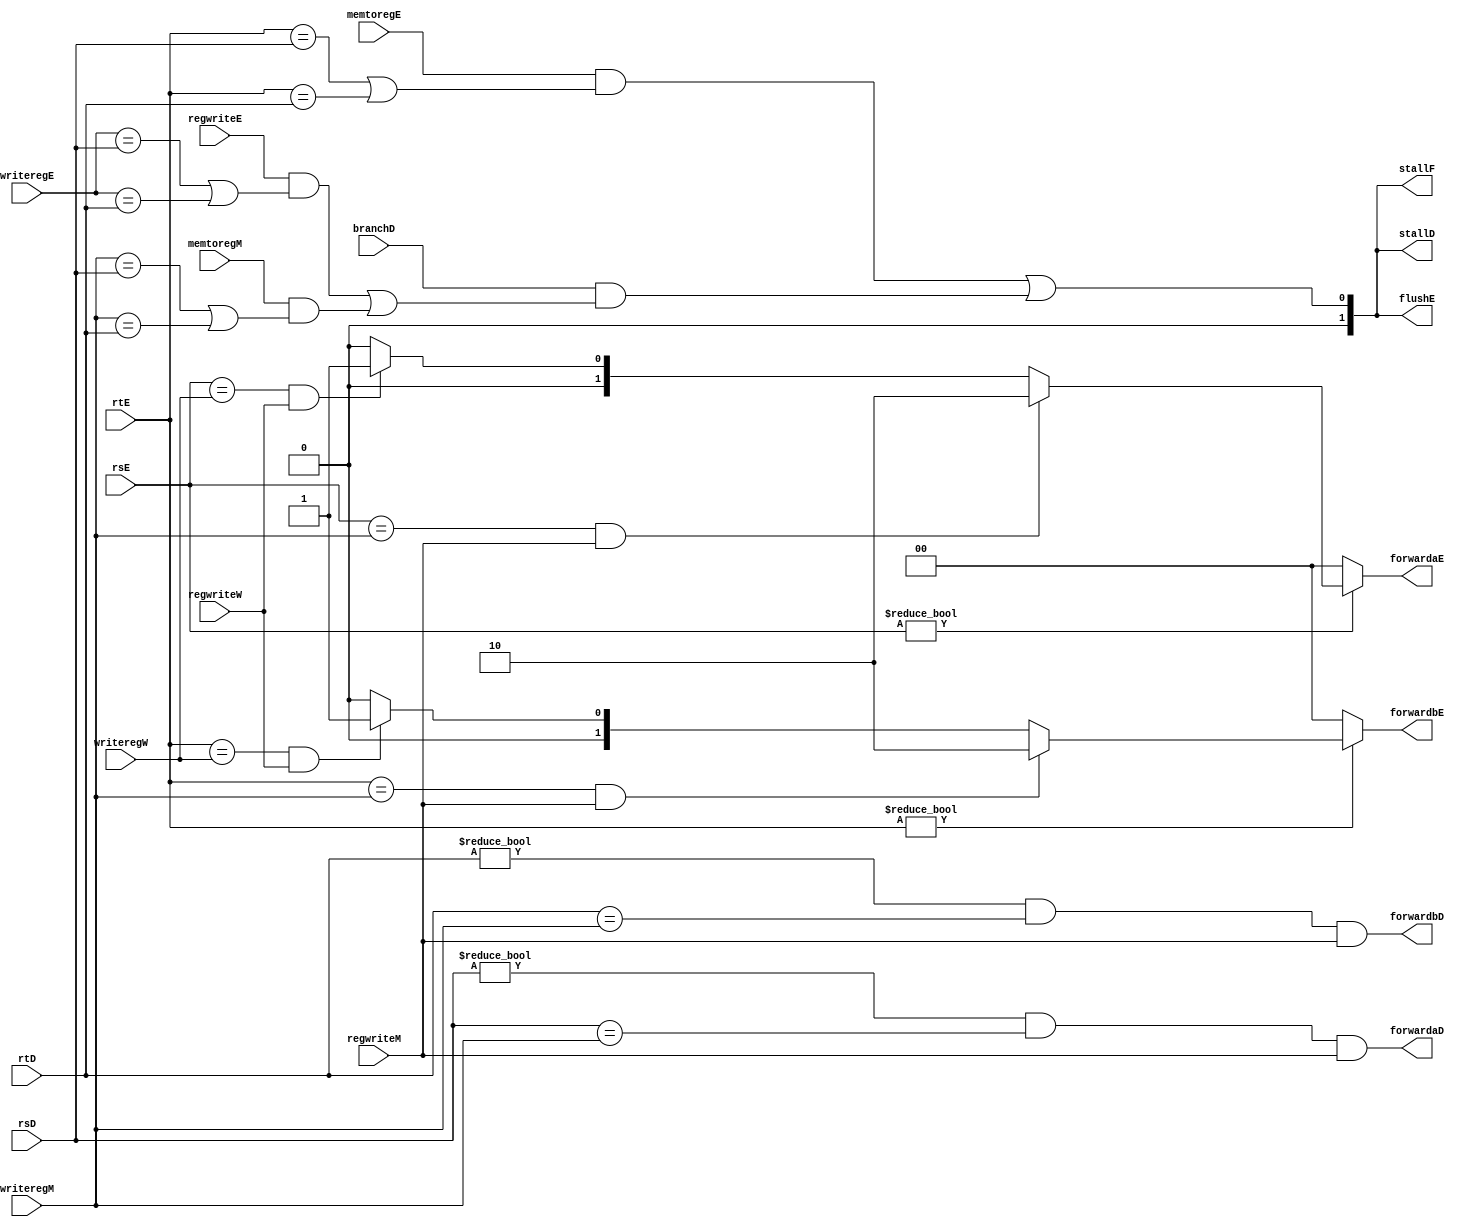
module hazard(input [4:0] rsD, input [4:0] rtD, input [4:0] rsE, input [4:0] rtE, input [4:0] writeregE, input [4:0] writeregM, input [4:0] writeregW, input regwriteE, input regwriteM, input regwriteW, input memtoregE, input memtoregM, input branchD, output reg forwardaD, output reg forwardbD, output reg [1:0] forwardaE, output reg [1:0] forwardbE, output reg [1:0] stallF, output reg [1:0] stallD, output reg [1:0] flushE);

   reg lwstallD; reg branchstallD;
   always@(*) begin
      //forwarding sources to D stage (branch equality)
      forwardaD = (rsD != 0) & (rsD == writeregM) & regwriteM;
      forwardbD = (rtD != 0) & (rtD == writeregM) & regwriteM;
   end
   always@(*)
     //forwarding sources to E stage (ALU)
     begin
	forwardaE = 2'b00; forwardbE = 2'b00;
	if(rsE != 0)
          if (rsE == writeregM & regwriteM)
	    forwardaE = 2'b10;
	  else if (rsE == writeregW & regwriteW)
	    forwardaE = 2'b01;
	if (rtE != 0)
	  if(rtE == writeregM & regwriteM)
	    forwardbE = 2'b10;
	  else if (rtE == writeregW & regwriteW)
	    forwardbE = 2'b01;
     end

   always@(*) begin
      //stalls
      lwstallD = memtoregE & (rtE == rsD | rtE == rtD);
      branchstallD = branchD & (regwriteE & (writeregE == rsD | writeregE == rtD) | memtoregM & (writeregM == rsD | writeregM == rtD));
      stallD = lwstallD | branchstallD;
      stallF = stallD;
      flushE = stallD;
      end
   endmodule